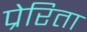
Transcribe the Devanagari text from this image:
प्रेरिता